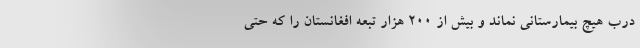
درب هیچ بیمارستانی نماند و بیش از 200 هزار تبعه افغانستان را که حتی